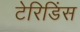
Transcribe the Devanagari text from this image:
टेरिडिंस